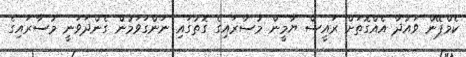
ކެމްޕޭން ވައުދާ އެއްގޮތަށް ރައީސް ޔާމީން މުސާރައިގެ ގޮތުގައި ނަންގަވަމުން ގެންދަވަނީ މުސާރައިގެ